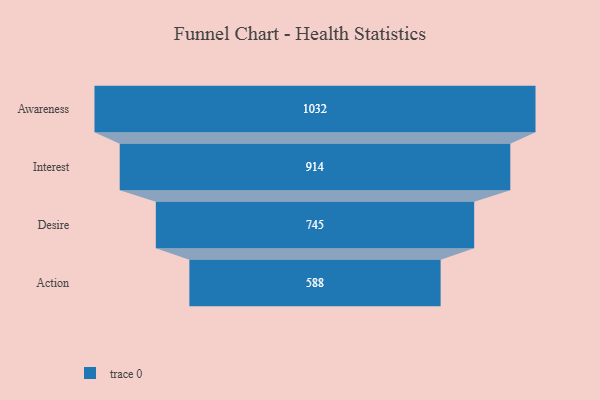
{"axis": {"x": "Stage", "y": "Value"}, "legend": [""], "data": [{"x": "Awareness", "y": 1032.0, "type": ""}, {"x": "Interest", "y": 914.0, "type": ""}, {"x": "Desire", "y": 745.0, "type": ""}, {"x": "Action", "y": 588.0, "type": ""}]}